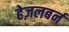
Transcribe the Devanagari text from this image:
हेज़लबर्न